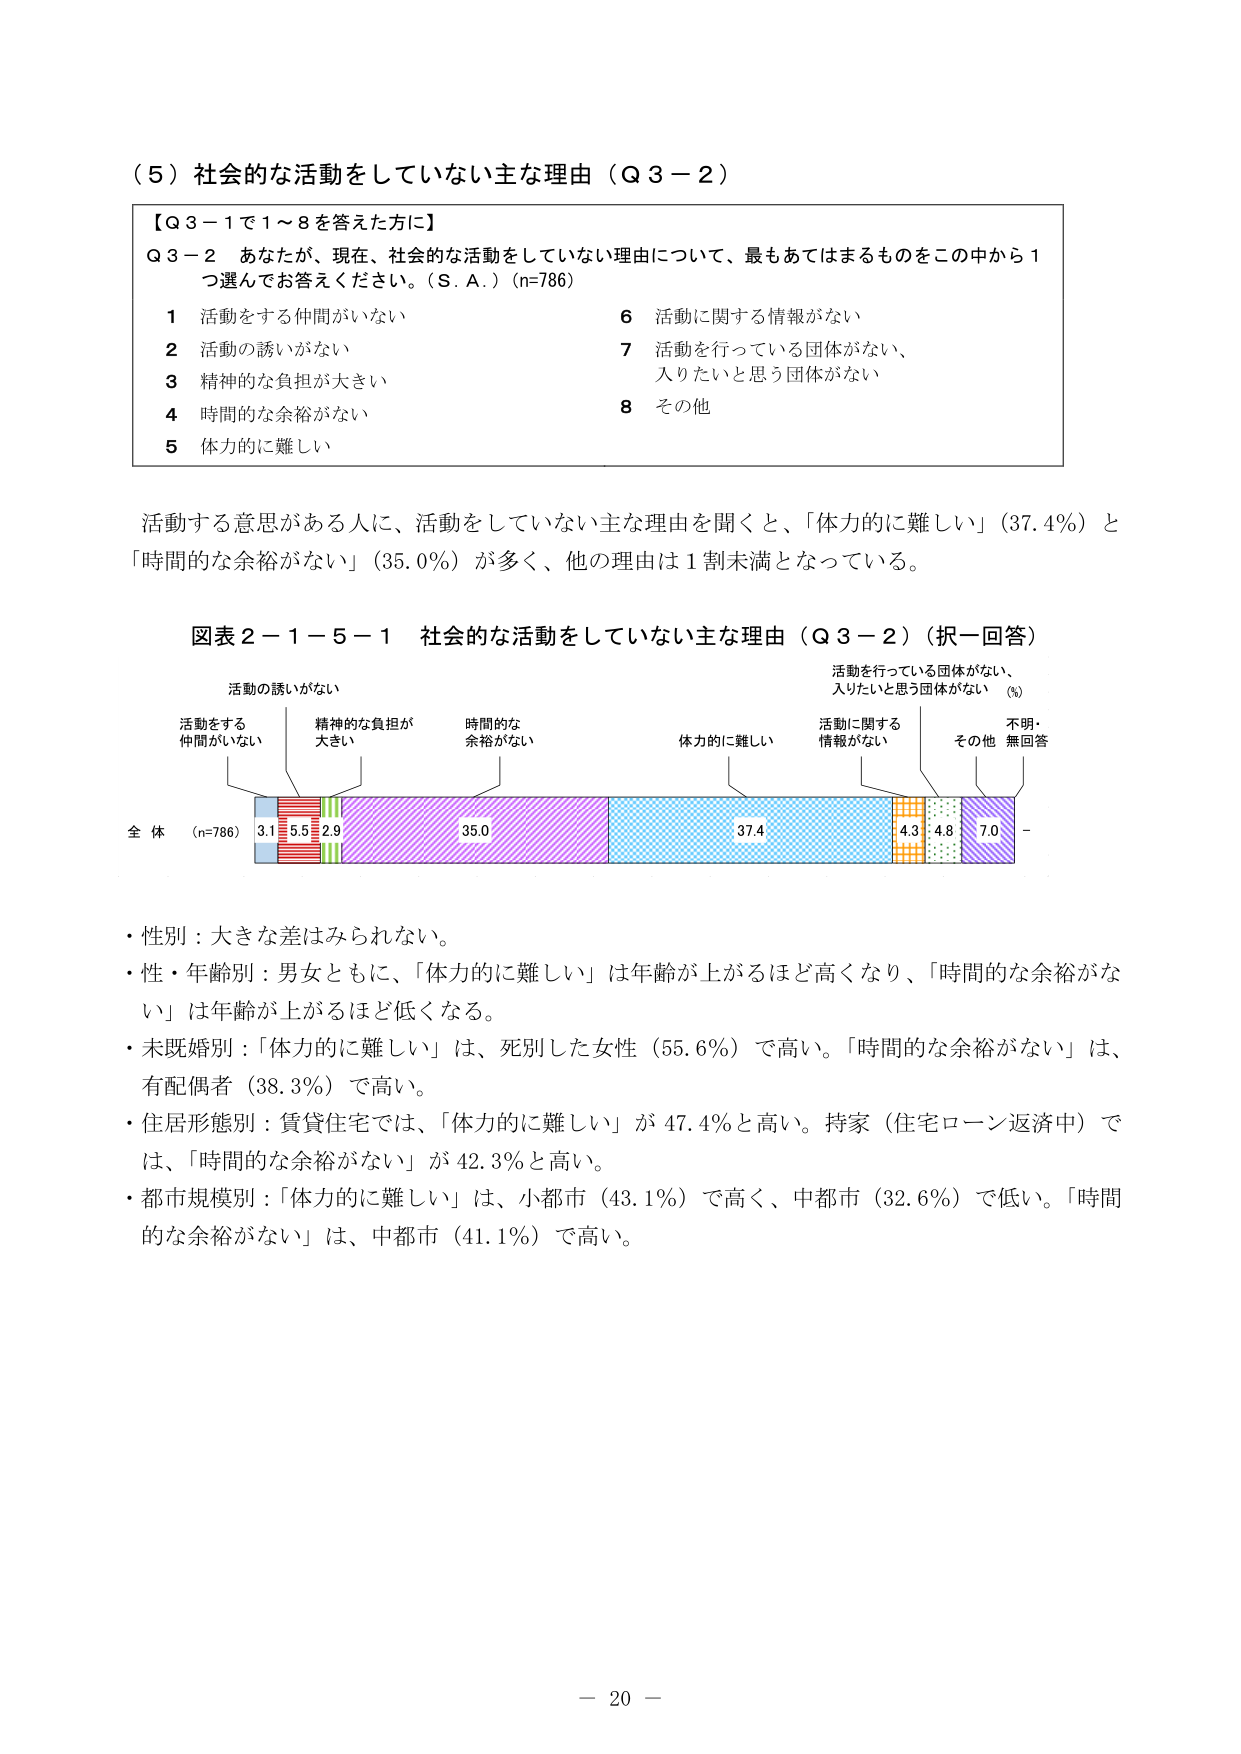
（５）社会的な活動をしていない主な理由（Ｑ３－２）

【Ｑ３－１で１～８を答えた方に】
Ｑ３－２　あなたが、現在、社会的な活動をしていない理由について、最もあてはまるものをこの中から１つ選んでお答えください。（Ｓ．Ａ．）（n=786）

１　活動をする仲間がいない　　　　　　　　　　　　　６　活動に関する情報がない
２　活動の誘いがない　　　　　　　　　　　　　　　　７　活動を行っている団体がない、
　　　　　　　　　　　　　　　　　　　　　　　　　　入りたいと思う団体がない
３　精神的な負担が大きい　　　　　　　　　　　　　　８　その他
４　時間的な余裕がない
５　体力的に難しい

活動する意思がある人に、活動をしていない主な理由を聞くと、「体力的に難しい」（37.4％）と「時間的な余裕がない」（35.0％）が多く、他の理由は１割未満となっている。

図表２－１－５－１　社会的な活動をしていない主な理由（Ｑ３－２）（択一回答）

活動の誘いがない
活動をする
仲間がいない　　精神的な負担が
大きい　　　　　時間的な
余裕がない　　　体力的に難しい　　活動に関する
情報がない　　活動を行っている団体がない、
入りたいと思う団体がない　　その他　不明・
無回答
（％）

全 体　（n=786）　3.1　5.5　2.9　35.0　37.4　4.3　4.8　7.0　-

・性別：大きな差はみられない。
・性・年齢別：男女ともに、「体力的に難しい」は年齢が上がるほど高くなり、「時間的な余裕がない」は年齢が上がるほど低くなる。
・未既婚別：「体力的に難しい」は、死別した女性（55.6％）で高い。「時間的な余裕がない」は、有配偶者（38.3％）で高い。
・住居形態別：賃貸住宅では、「体力的に難しい」が47.4％と高い。持家（住宅ローン返済中）では、「時間的な余裕がない」が42.3％と高い。
・都市規模別：「体力的に難しい」は、小都市（43.1％）で高く、中都市（32.6％）で低い。「時間的な余裕がない」は、中都市（41.1％）で高い。

－ 20 －